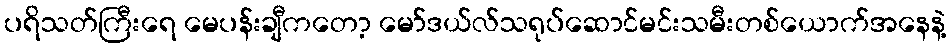
ပရိသတ်ကြီးရေ မေပန်းချီကတော့ မော်ဒယ်လ်သရုပ်ဆောင်မင်းသမီးတစ်ယောက်အနေနဲ့